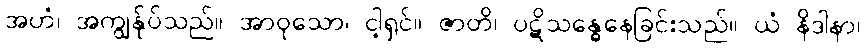
အဟံ၊ အကျွန်ုပ်သည်။ အာဝုသော၊ ငါ့ရှင်။ ဇာတိ၊ ပဋိသန္ဓေနေခြင်းသည်။ ယံ နိဒါနာ၊